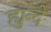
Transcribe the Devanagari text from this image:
ह्युन्दे